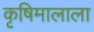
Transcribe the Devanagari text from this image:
कृषिमालाला